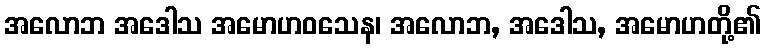
အလောဘ အဒေါသ အမောဟဝသေန၊ အလောဘ, အဒေါသ, အမောဟတို့၏